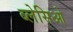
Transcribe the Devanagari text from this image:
ब्लेसिओ